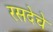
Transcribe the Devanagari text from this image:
रसदेचे